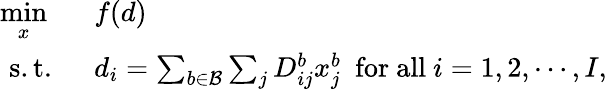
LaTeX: \begin{array}{rl}{\underset{x}{\operatorname*{min}}\ \ }&{{}f(d)}\\ {\mathrm{s.t.}\ \ }&{{}d_{i}=\sum_{b\in\mathcal{B}}\sum_{j}D_{ij}^{b}x_{j}^{b}\ \ \mathrm{for\ all\ }i=1,2,\cdots,I,}\end{array}